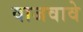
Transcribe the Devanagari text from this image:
वाजवावे